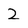
Character: 2